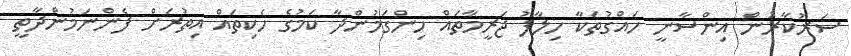
ސަރުކާރުން އިންސާނީ ހައްގުތަކާ ހިލާފު ޖަރީމާތައް ހިންގަމުންދާ ކަމުގެ ހެކިތައް އިތުރަށް ފެންނަމުންދާތީ